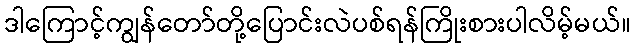
ဒါကြောင့်ကျွန်တော်တို့ပြောင်းလဲပစ်ရန်ကြိုးစားပါလိမ့်မယ်။